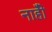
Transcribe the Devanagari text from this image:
नाहीँ